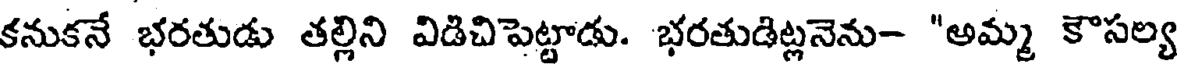
కనుకనే భరతుడు తల్లిని విడిచిపెట్టాడు. భరతుడిట్లనెను- "అమ్మ కౌసల్య